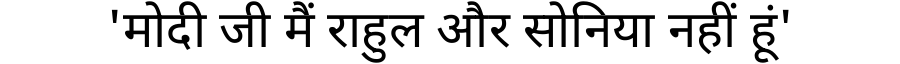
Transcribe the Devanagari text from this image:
'मोदी जी मैं राहुल और सोनिया नहीं हूं'